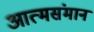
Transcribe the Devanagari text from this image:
आत्मसंमान